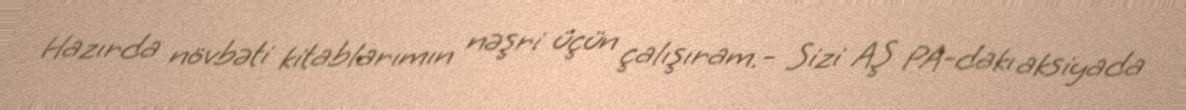
Hazırda növbəti kitablarımın nəşri üçün çalışıram.- Sizi AŞ PA-dakı aksiyada